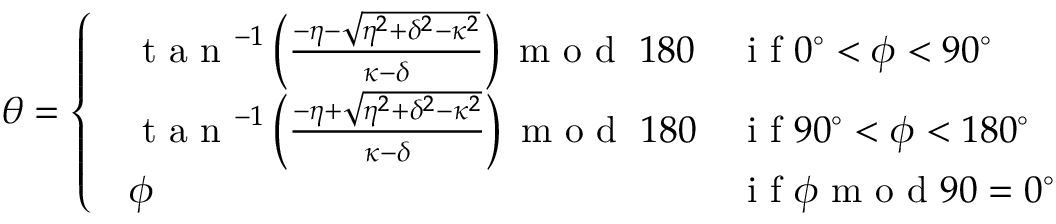
\theta = \left\{ \begin{array} { l l } { \begin{array} { l l } { \textrm { t a n } ^ { - 1 } \left( \frac { - \eta - \sqrt { \eta ^ { 2 } + \delta ^ { 2 } - \kappa ^ { 2 } } } { \kappa - \delta } \right) \textrm { m o d } \; 1 8 0 } & { \textrm { i f } 0 ^ { \circ } < \phi < 9 0 ^ { \circ } } \\ { \textrm { t a n } ^ { - 1 } \left( \frac { - \eta + \sqrt { \eta ^ { 2 } + \delta ^ { 2 } - \kappa ^ { 2 } } } { \kappa - \delta } \right) \textrm { m o d } \; 1 8 0 } & { \textrm { i f } 9 0 ^ { \circ } < \phi < 1 8 0 ^ { \circ } } \\ { \phi } & { \textrm { i f } \phi \textrm { m o d } 9 0 = 0 ^ { \circ } } \end{array} } \end{array} \right.